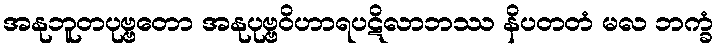
အနုဘူတပုဗ္ဗတော အနုပုဗ္ဗဝိဟာရပဋိလာဘဿ နိပတတံ မလ ဘက္ခံ